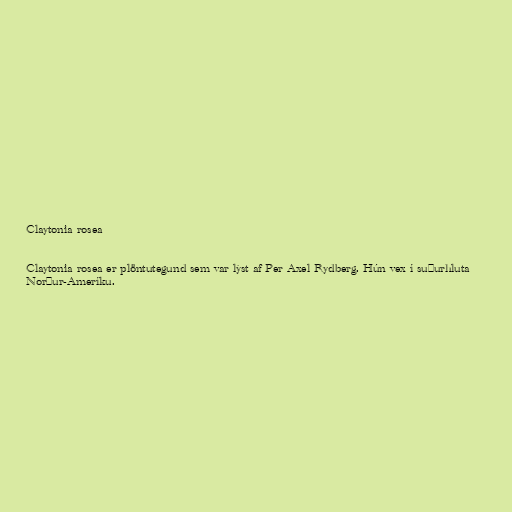
Claytonia rosea

Claytonia rosea er plöntutegund sem var lýst af Per Axel Rydberg. Hún vex í suðurhluta
Norður-Ameríku.